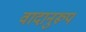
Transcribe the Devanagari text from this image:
वादानुरूप